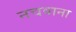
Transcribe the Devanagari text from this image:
नचवाना